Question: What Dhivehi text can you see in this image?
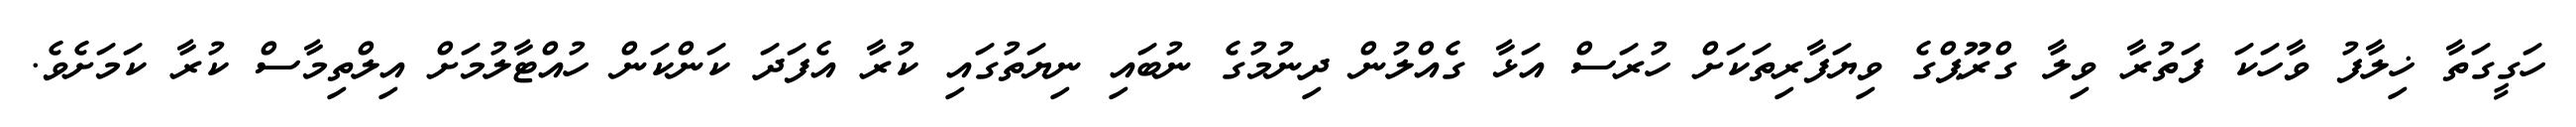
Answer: ހަގީގަތާ ޚިލާފު ވާހަކަ ފަތުރާ ވިލާ ގްރޫޕްގެ ވިޔަފާރިތަކަށް ހުރަސް އަޅާ ގެއްލުން ދިނުމުގެ ނުބައި ނިޔަތުގައި ކުރާ އެފަދަ ކަންކަން ހުއްޓާލުމަށް އިލްތިމާސް ކުރާ ކަމަށެވެ.